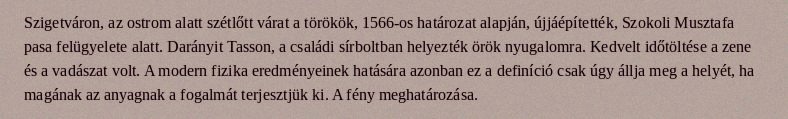
Szigetváron, az ostrom alatt szétlőtt várat a törökök, 1566-os határozat alapján, újjáépítették, Szokoli Musztafa pasa felügyelete alatt. Darányit Tasson, a családi sírboltban helyezték örök nyugalomra. Kedvelt időtöltése a zene és a vadászat volt. A modern fizika eredményeinek hatására azonban ez a definíció csak úgy állja meg a helyét, ha magának az anyagnak a fogalmát terjesztjük ki. A fény meghatározása.